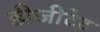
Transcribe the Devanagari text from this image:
डीजीटेट